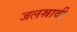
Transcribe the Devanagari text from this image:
जलस्रावी